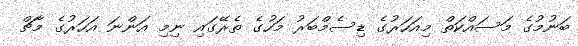
ބަނުމުގެ މަސައްކަތް މިއަހަރުގެ ޑިސެމްބަރު މަހުގެ ތެރޭގައި ނިމި އަންނަ އަހަރުގެ މާޗް